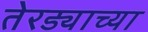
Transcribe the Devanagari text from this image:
तेरड्याच्या